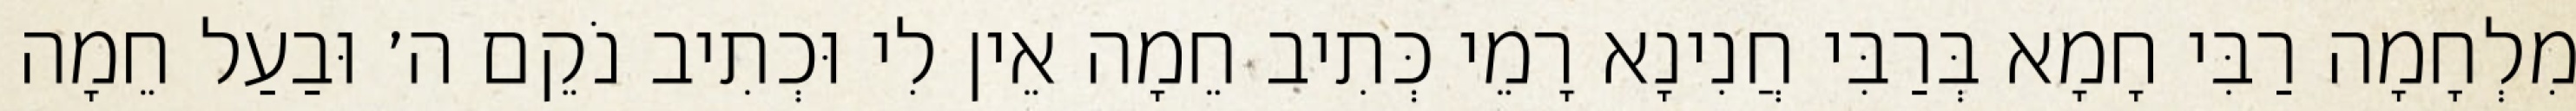
מִלְחָמָה רַבִּי חָמָא בְּרַבִּי חֲנִינָא רָמֵי כְּתִיב חֵמָה אֵין לִי וּכְתִיב נֹקֵם ה׳ וּבַעַל חֵמָה